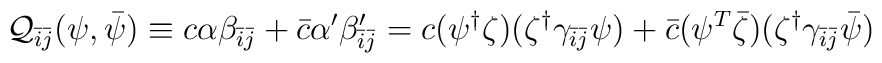
{\cal Q}_{\bar{i}\bar{j}}(\psi,\bar{\psi})\equiv c\alpha\beta_{\bar{i}\bar{j}}+\bar{c}\alpha'\beta'_{\bar{i}\bar{j}}=c(\psi^{\dag}\zeta)(\zeta^{\dag}\gamma_{\bar{i}\bar{j}}\psi)+\bar{c}(\psi^{T}\bar{\zeta})(\zeta^{\dag}\gamma_{\bar{i}\bar{j}}\bar{\psi})